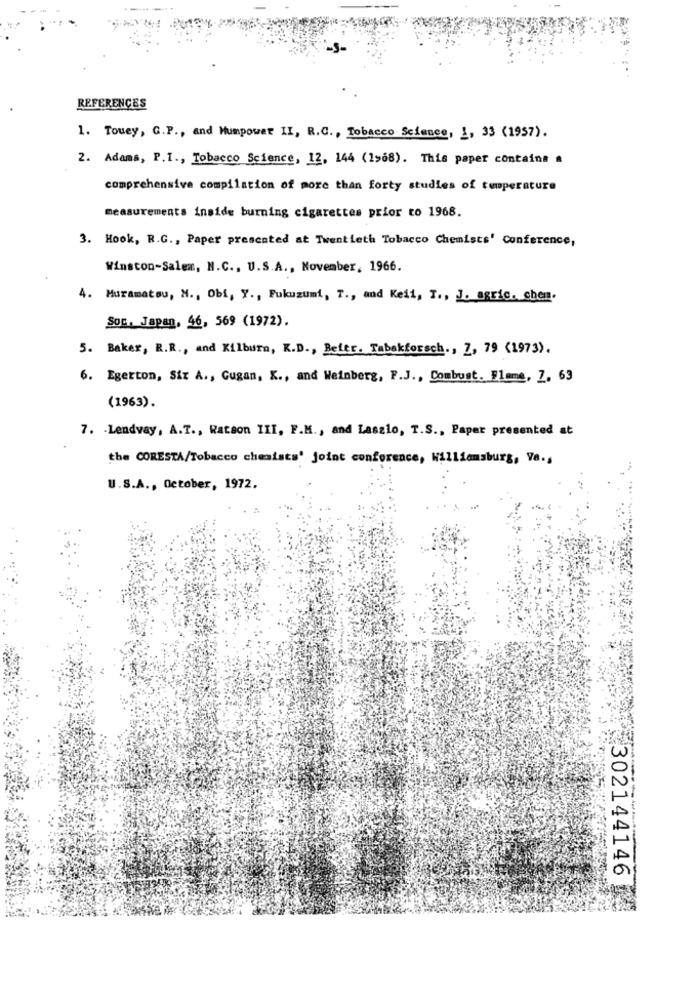
REFERENCES
1. Towey, G.P ., and Humpower II, R.C ., Tobacco Science, 1, 33 (1957).
2. Adams, P.I ., Tobacco Science, 12, 144 (1968). This paper contains a
comprehensive compilation of more than forty studies of temperature
measurements inside burning cigarettes prior to 1968.
3. Hook, R.G ., Paper presented at Twentieth Tobacco Chemists' Conference,
Winston-Salem, N.C ., U.S.A ., November, 1966.
4. Muramatou, N ., Obi, Y ., Fukuzumt, T ., and Keii, T ., J. agric. chen.
Soc. Japan, 46, 569 (1972).
5. Baker, R.R ., and Kilburn, K.D ., Beitr. Tabakforsch ., 7, 79 (1973).
6. Egerton, Six A ., Gugan, K ., and Weinberg, F.J ., Combust. Flame, 7, 63
(1963).
7. Lendvay, A.T ., Watson III, F.M ., and Laszlo, T.S ., Paper presented at
the CORESTA/Tobacco cheatsts' Joint conference, Williamsburg, Ve .,
U.S.A ., October, 1972.
302144146